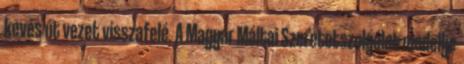
kevés út vezet visszafelé. A Magyar Máltai Szeretetszolgálat modellje